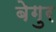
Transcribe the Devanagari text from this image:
बेगुर